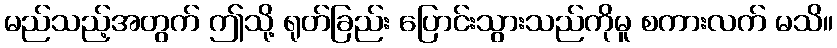
မည်သည့်အတွက် ဤသို့ ရုတ်ခြည်း ပြောင်းသွားသည်ကိုမူ စကားလက် မသိ။